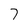
Character: 7